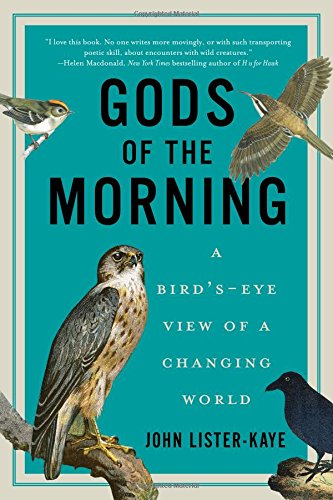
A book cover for Gods of the Morning: A Bird's-Eye View of a Changing World; John Lister-Kaye; Science & Math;